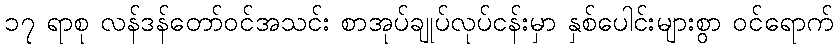
၁၇ ရာစု လန်ဒန်တော်ဝင်အသင်း စာအုပ်ချုပ်လုပ်ငန်းမှာ နှစ်ပေါင်းများစွာ ဝင်ရောက်